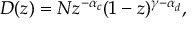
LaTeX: D ( z ) = N z ^ { - \alpha _ { c } } ( 1 - z ) ^ { \gamma - \alpha _ { d } } ,